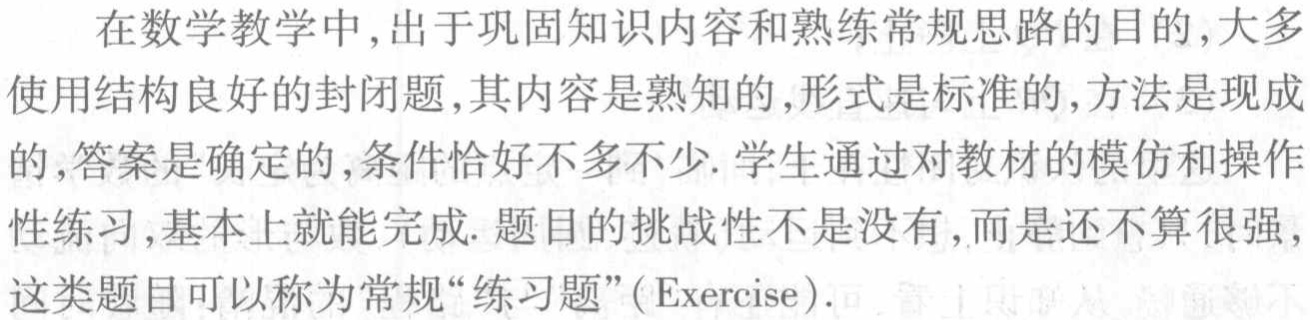
在数学教学中,出于巩固知识内容和熟练常规思路的目的,大多使用结构良好的封闭题,其内容是熟知的,形式是标准的,方法是现成的,答案是确定的,条件恰好不多不少. 学生通过对教材的模仿和操作性练习,基本上就能完成. 题目的挑战性不是没有,而是还不算很强,这类题目可以称为常规“练习题”(Exercise).